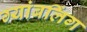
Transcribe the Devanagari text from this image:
ग्यांबलिंग